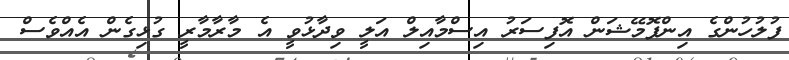
ފުލުހުންގެ އިންފޮމޭޝަން އޮފިސަރު އިސްމާއިލް އަލީ ވިދާޅުވީ އެ މާރާމާރީ ގުޅިގެން އެއްވެސް